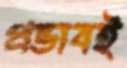
প্রভাবই